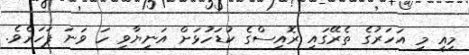
މިއީ މި އަހަރުގެ ތެރޭގައި ރޮއިސްގެ ކުޑަހުޅަށް އަނިޔާވި ހަ ވަނަ ފަހަރެވެ.